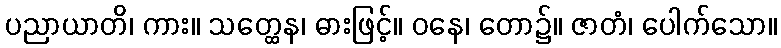
ပညာယာတိ၊ ကား။ သတ္ထေန၊ ဓားဖြင့်။ ဝနေ၊ တော၌။ ဇာတံ၊ ပေါက်သော။